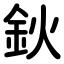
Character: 鈥